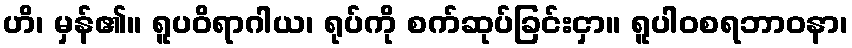
ဟိ၊ မှန်၏။ ရူပဝိရာဂါယ၊ ရုပ်ကို စက်ဆုပ်ခြင်းငှာ။ ရူပါဝစရဘာဝနာ၊